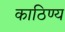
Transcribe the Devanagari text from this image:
काठिण्य